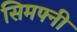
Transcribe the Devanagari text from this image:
सिमफ्नी